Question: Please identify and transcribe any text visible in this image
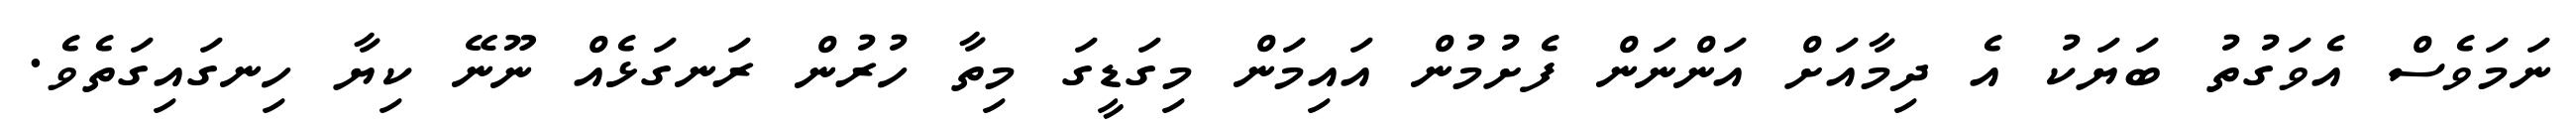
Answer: ނަމަވެސް އެވަގުތު ބަޔަކު އެ ދިމާއަށް އަންނަން ފެށުމުން އައިމަން މިގަޑީގަ މިތާ ހުރުން ރަނގަޅެއް ނޫނޭ ކިޔާ ހިނގައިގަތެވެ.